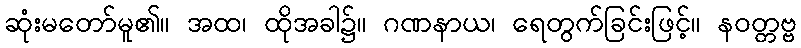
ဆုံးမတော်မူ၏။ အထ၊ ထိုအခါ၌။ ဂဏနာယ၊ ရေတွက်ခြင်းဖြင့်။ နဝတ္တဗ္ဗ